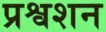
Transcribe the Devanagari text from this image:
प्रश्वशन